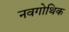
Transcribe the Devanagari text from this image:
नवगोथिक